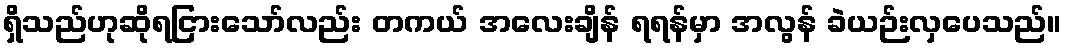
ရှိသည်ဟုဆိုရငြားသော်လည်း တကယ် အလေးချိန် ရရန်မှာ အလွန် ခဲယဉ်းလှပေသည်။